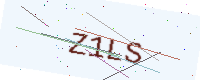
Text: Z1LS